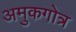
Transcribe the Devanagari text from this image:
अमुकगोत्र